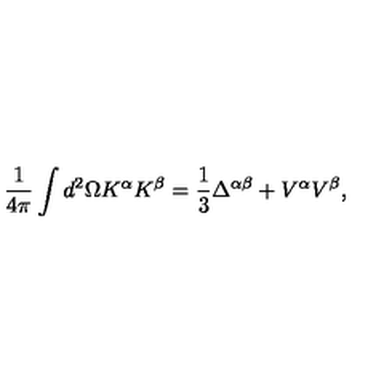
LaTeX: \frac { 1 } { 4 \pi } \int d ^ { 2 } \Omega K ^ { \alpha } K ^ { \beta } = \frac { 1 } { 3 } \Delta ^ { \alpha \beta } + V ^ { \alpha } V ^ { \beta } ,